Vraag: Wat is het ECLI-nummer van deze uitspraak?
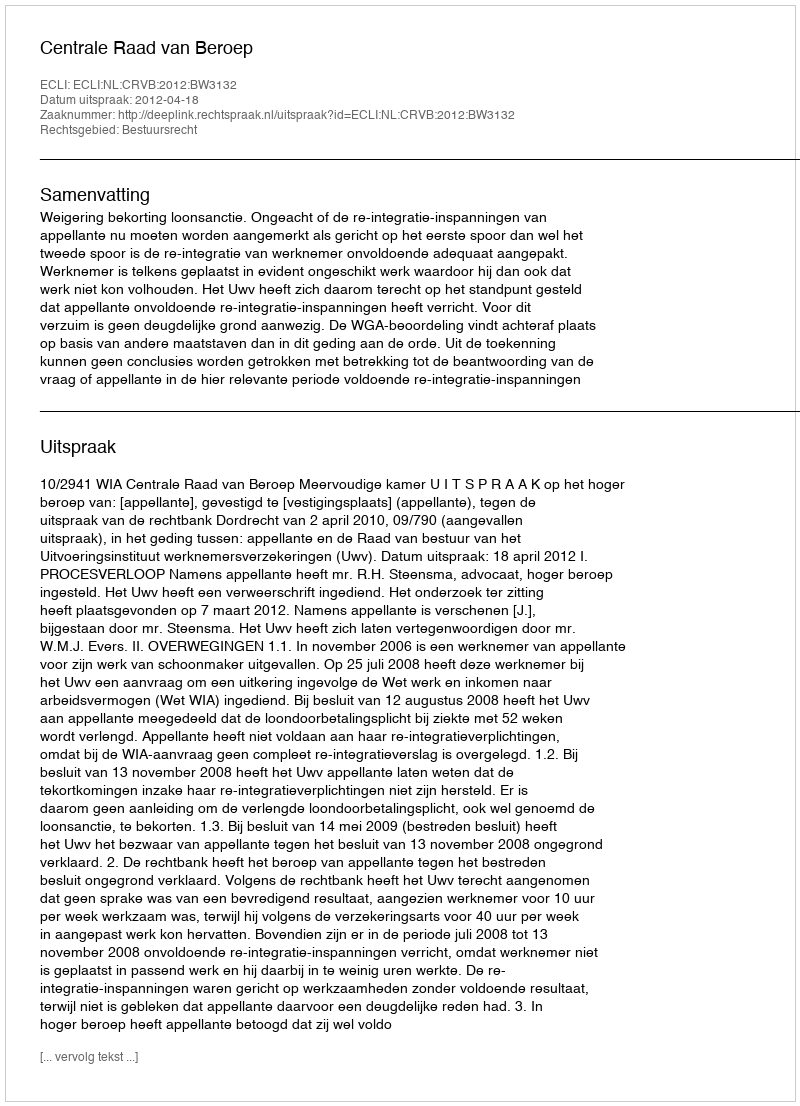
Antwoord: ECLI:NL:CRVB:2012:BW3132